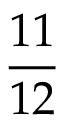
\frac { 1 1 } { 1 2 }